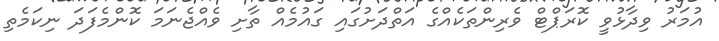
އުމަރު ވިދާޅުވީ ކޮރަޕްޓް ވެރިންތަކެއްގެ އަތްދަށުގައި ގައުމެއް ތާށި ވެއްޖެނަމަ ކޮންމެފަދަ ނިކަމެތި